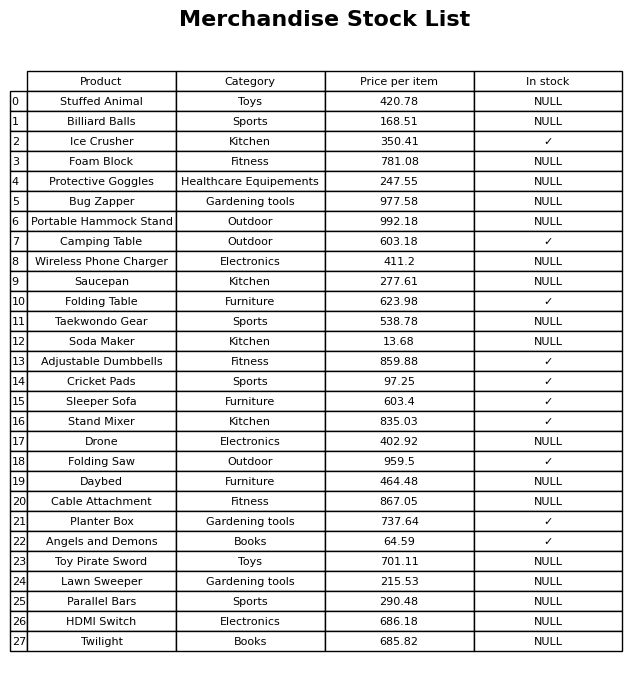
question: What is the price of the Foam Block?
answer: The price of Foam Block is 781.08.